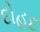
દોહદ